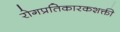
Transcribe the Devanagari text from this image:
रोगप्रतिकारकशक्ती